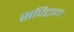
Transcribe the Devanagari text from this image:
सपिटाचा